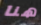
هنا